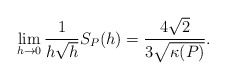
\begin{align*} \begin{aligned} \lim_{h\rightarrow 0} \frac{1}{h\sqrt{h}}S_P(h)= \frac{4\sqrt{2}}{3\sqrt{\kappa(P)}}. \end{aligned} \end{align*}